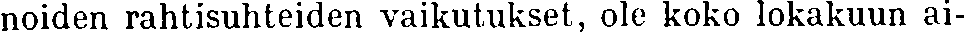
noiden rahtisuhteiden vaikutukset, ole koko lokakuun ai-